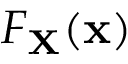
F _ { \mathbf { X } } ( \mathbf { x } )